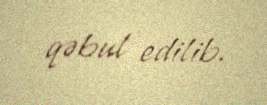
qəbul edilib.